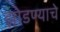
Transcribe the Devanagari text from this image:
झोडण्याचे